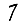
Digit: 7